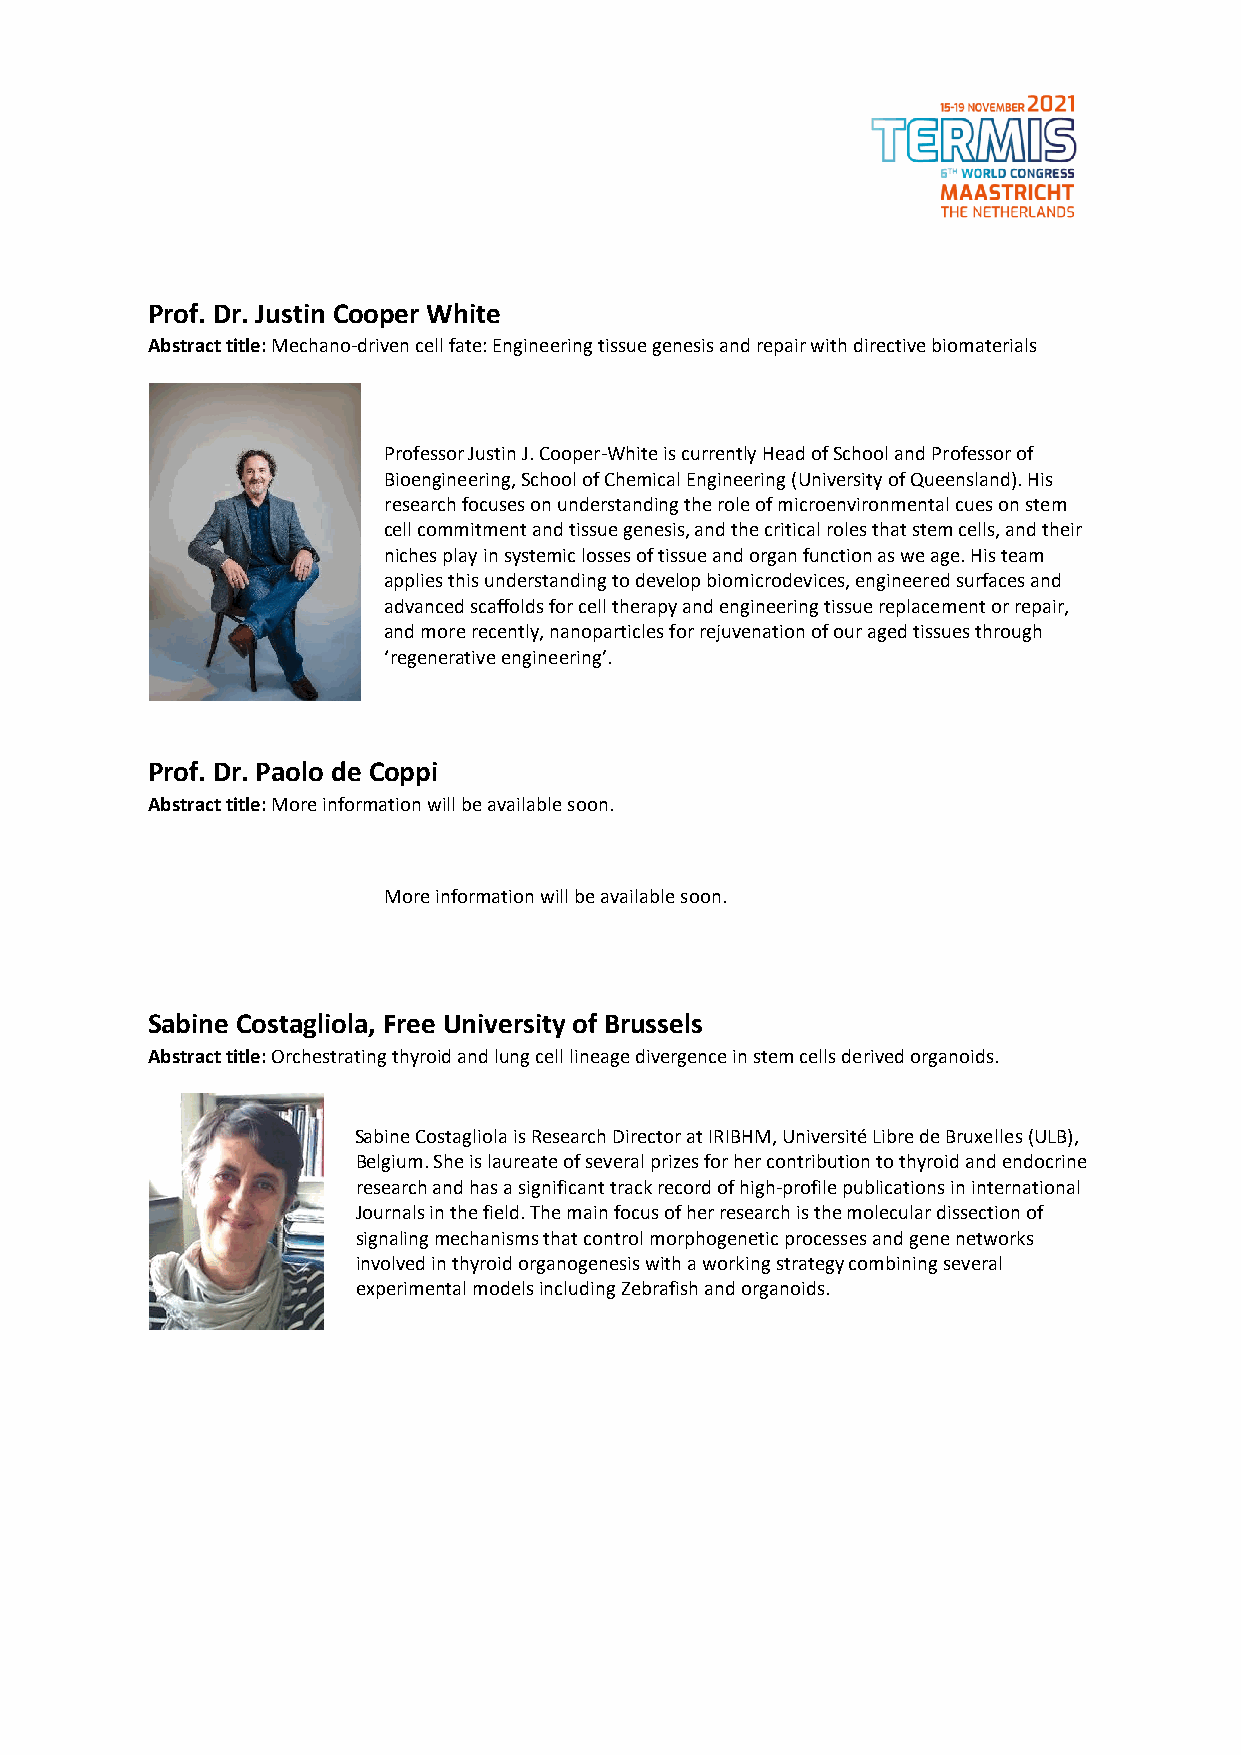
Prof. Dr. Justin Cooper White
 Abstract title: Mechano-driven cell fate: Engineering tissue genesis and repair with directive biomaterials
 Professor Justin J. Cooper-White is currently Head of School and Professor of
 Bioengineering, School of Chemical Engineering (University of Queensland). His
 research focuses on understanding the role of microenvironmental cues on stem
 cell commitment and tissue genesis, and the critical roles that stem cells, and their
 niches play in systemic losses of tissue and organ function as we age. His team
 applies this understanding to develop biomicrodevices, engineered surfaces and
 advanced scaffolds for cell therapy and engineering tissue replacement or repair,
 and more recently, nanoparticles for rejuvenation of our aged tissues through
 ‘regenerative engineering’.
 Prof. Dr. Paolo de Coppi
 Abstract title: More information will be available soon.
 More information will be available soon.
 Sabine Costagliola, Free University of Brussels
 Abstract title: Orchestrating thyroid and lung cell lineage divergence in stem cells derived organoids.
 Sabine Costagliola is Research Director at IRIBHM, Université Libre de Bruxelles (ULB),
 Belgium. She is laureate of several prizes for her contribution to thyroid and endocrine
 research and has a significant track record of high-profile publications in international
 Journals in the field. The main focus of her research is the molecular dissection of
 signaling mechanisms that control morphogenetic processes and gene networks
 involved in thyroid organogenesis with a working strategy combining several
 experimental models including Zebrafish and organoids.